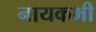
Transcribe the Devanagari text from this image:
नायकभी